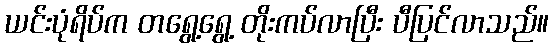
ယင်းပုံရိပ်က တရွေ့ရွေ့ တိုးကပ်လာပြီး ပီပြင်လာသည်။